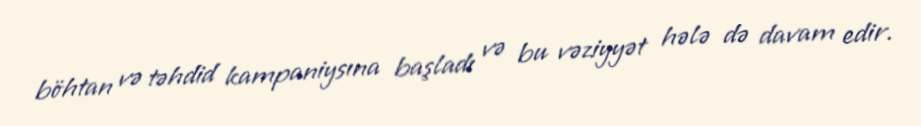
böhtan və təhdid kampaniysına başladı və bu vəziyyət hələ də davam edir.